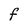
Character: F